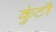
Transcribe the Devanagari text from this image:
कुंटी